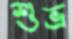
শুভ্র